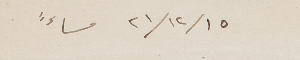
١٥ /١٢/ ٢١ مساءً